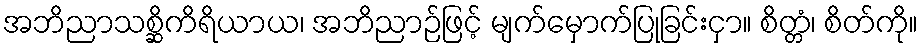
အဘိညာသစ္ဆိကိရိယာယ၊ အဘိညာဉ်ဖြင့် မျက်မှောက်ပြုခြင်းငှာ။ စိတ္တံ၊ စိတ်ကို။